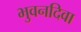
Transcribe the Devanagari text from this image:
भुवनदिवा